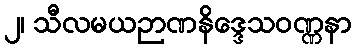
၂၊ သီလမယဉာဏနိဒ္ဒေသဝဏ္ဏနာ